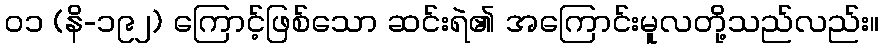
၀၁ (နိ-၁၉၂) ကြောင့်ဖြစ်သော ဆင်းရဲ၏ အကြောင်းမူလတို့သည်လည်း။